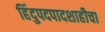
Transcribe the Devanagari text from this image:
हिंदुपदपादशाहीचा